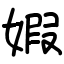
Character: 婽